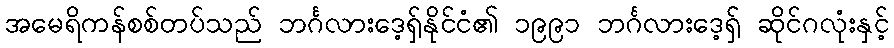
အမေရိကန်စစ်တပ်သည် ဘင်္ဂလားဒေ့ရှ်နိုင်ငံ၏ ၁၉၉၁ ဘင်္ဂလားဒေ့ရှ် ဆိုင်ဂလုံးနှင့်